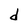
Character: d